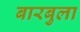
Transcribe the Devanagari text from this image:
बारबुला